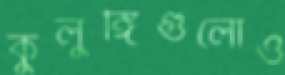
কুলুঙ্গিগুলোও